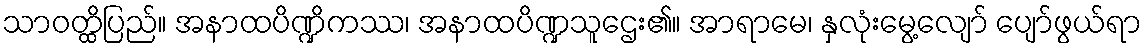
သာဝတ္ထိပြည်။ အနာထပိဏ္ဍိကဿ၊ အနာထပိဏ္ဍသူဌေး၏။ အာရာမေ၊ နှလုံးမွေ့လျော် ပျော်ဖွယ်ရာ